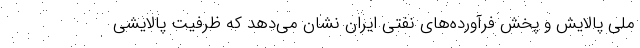
ملی پالایش و پخش فرآورده‌های نفتی ایران نشان می‌دهد که ظرفیت پالایشی